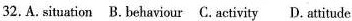
32.A.Situation B. Behaviour C. Activity D. Attitude